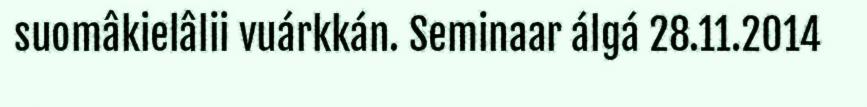
suomâkielâlii vuárkkán. Seminaar álgá 28.11.2014